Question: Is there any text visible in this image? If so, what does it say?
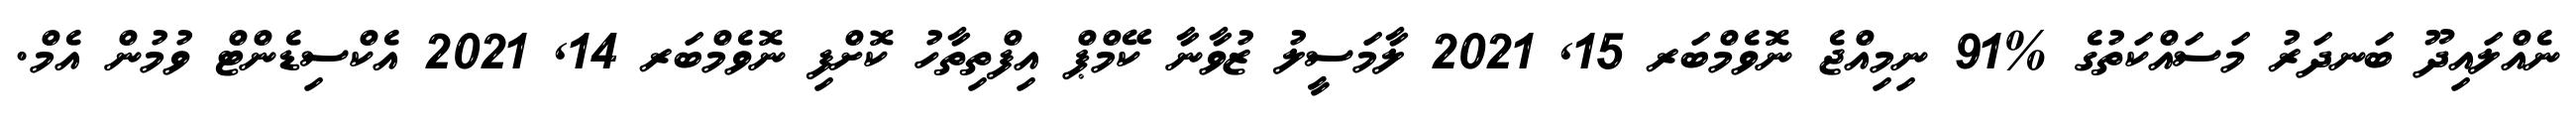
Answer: ނެއްލައިދޫ ބަނދަރު މަސައްކަތުގެ %91 ނިމިއްޖެ ނޮވެމްބަރ 15, 2021 ލާމަސީލު ޒުވާނާ ކޭމްޕް އިފްތިތާހު ކޮށްފި ނޮވެމްބަރ 14, 2021 އެކްސިޑެންޓް ވުމުން އެމް.